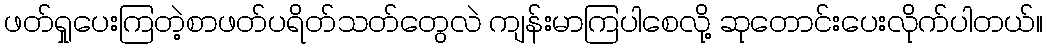
ဖတ်ရှုပေးကြတဲ့စာဖတ်ပရိတ်သတ်တွေလဲ ကျန်းမာကြပါစေလို့ ဆုတောင်းပေးလိုက်ပါတယ်။